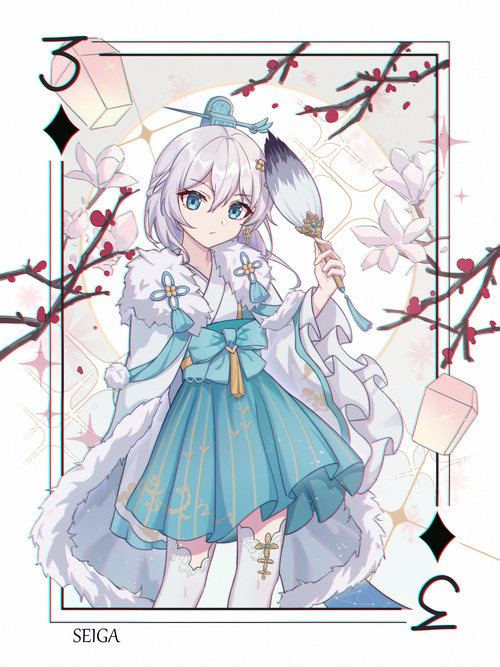
朔吹飘夜香，繁霜滋晓白。